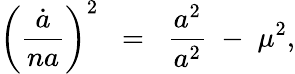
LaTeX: \left(\frac{\dot{a}}{na}\right)^{2}\; \; =\; \; \frac{a^{2}}{a^{2}}\; -\; \mu^{2},